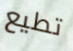
تطيع